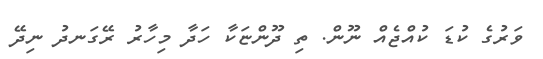
ވަރުގެ ކުޑަ ކުއްޖެއް ނޫން. ތި ދޫންޏަކާ ހަދާ މިހާރު ރޭގަނދު ނިދޭ